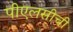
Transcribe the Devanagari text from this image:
पीएलसीची